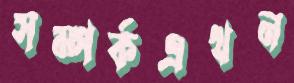
সম্পর্কএখন